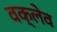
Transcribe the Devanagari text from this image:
वक्लेव